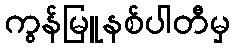
ကွန်မြူနစ်ပါတီမှ